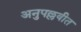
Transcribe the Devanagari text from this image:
अनुपल्लवीत